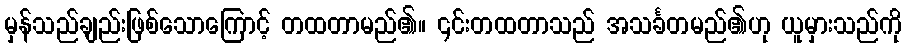
မှန်သည်ချည်းဖြစ်သောကြောင့် တထတာမည်၏။ ၎င်းတထတာသည် အသင်္ခတမည်၏ဟု ယူမှားသည်ကို